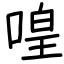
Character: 喤